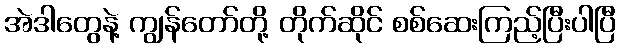
အဲဒါတွေနဲ့ ကျွန်တော်တို့ တိုက်ဆိုင် စစ်ဆေးကြည့်ပြီးပါပြီ